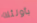
بأولئك